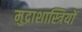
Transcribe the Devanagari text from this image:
मुद्राशास्त्रियों